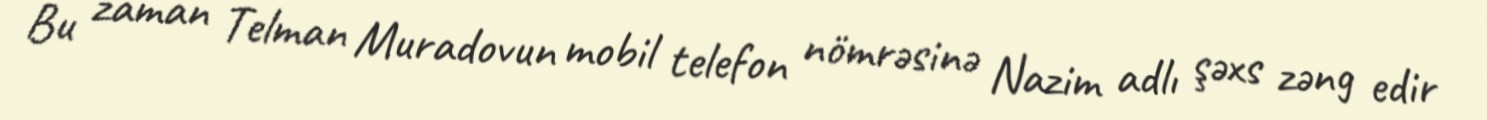
Bu zaman Telman Muradovun mobil telefon nömrəsinə Nazim adlı şəxs zəng edir